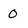
Character: O